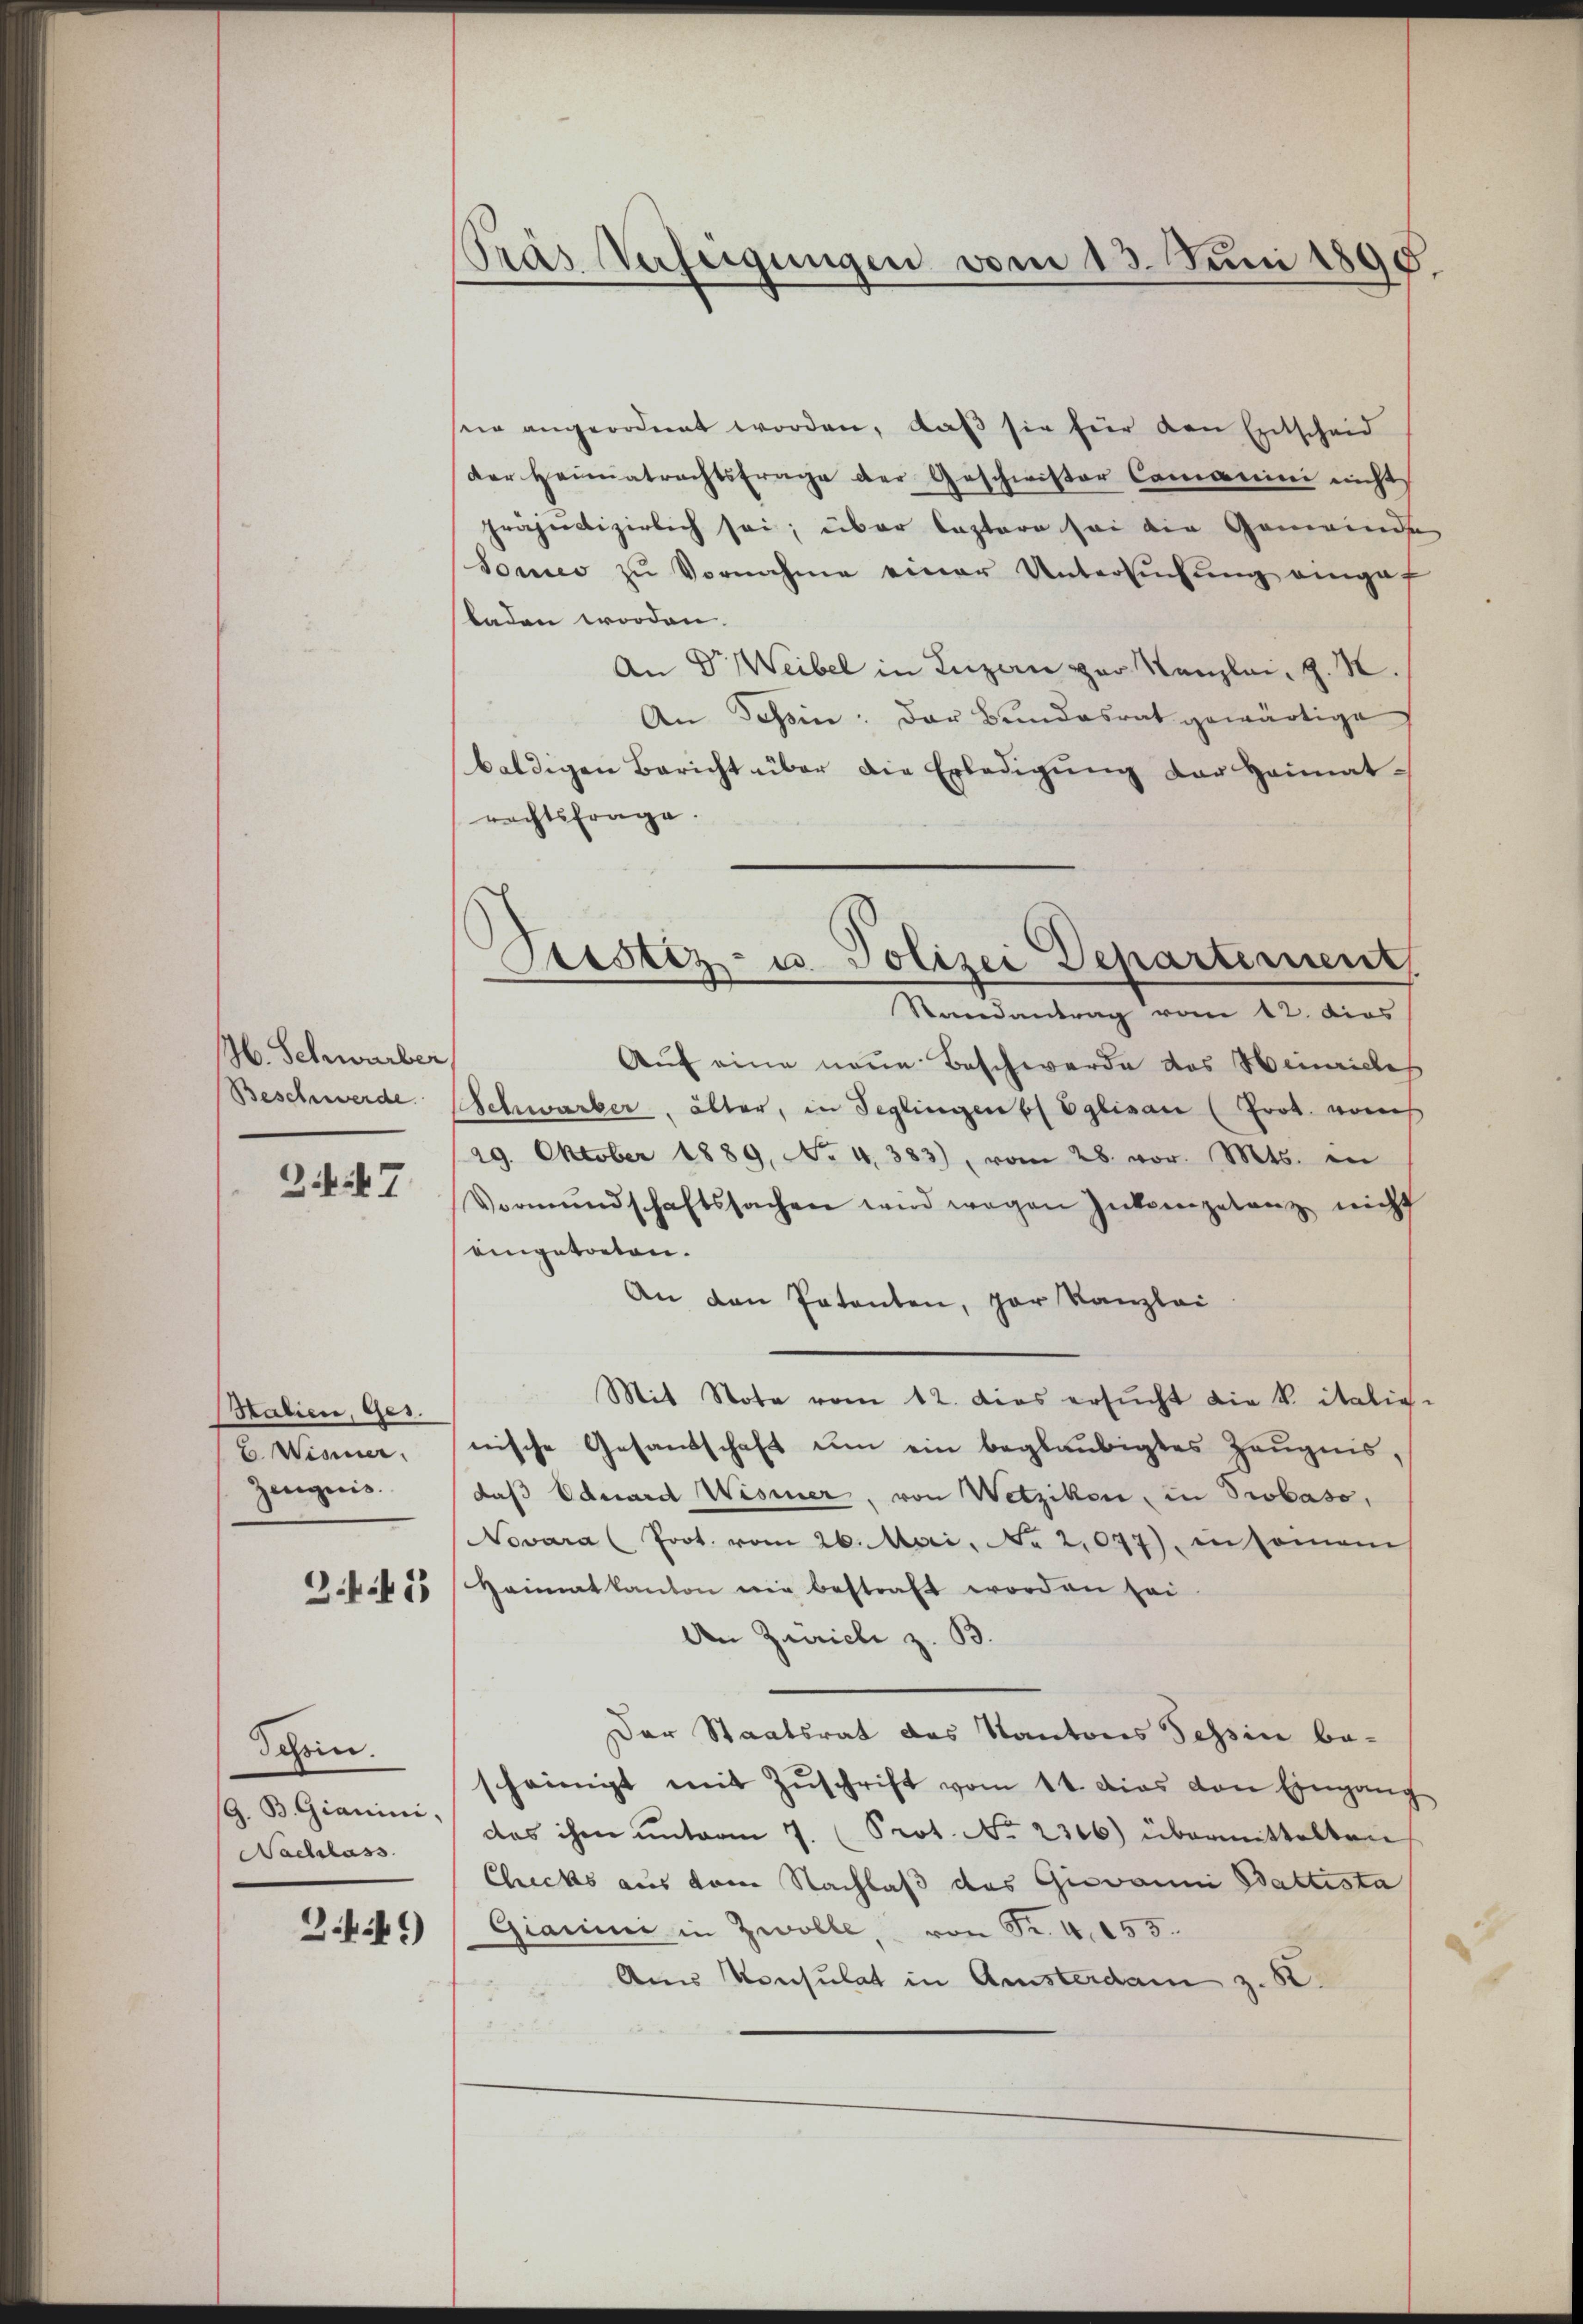
H. Schwurber
Beschwerde.
247

Stalien, Ges.
E Wisner
Zeugnis.

3ff 13

Schein.
G. B. Gianini,
Nachlass

24.)

Pras Verfeigungen vom 13. Juni 1890.

sein angeordnet worden, daß sie für den Entscheid
der Heimatrachtsfrage der Geschwister Commini nicht
präjudizierlich sei; über Captare sei die Gemeinde
Sonico zu Vornahme einer Untersŭchŭng eingef
laden worden.
An Dr. Weibel in Luzern vor Kanzlei, z. K.
An Tessin: Der Bundesrat gewärtige
baldigen Bericht über die Erledigŭng der Heimat-
rachtsfrage.
Randantrag vom 12. dies
Aŭf eine neue Beschwerde das Heinricles
Schwarber, älter, in Seglingen ss Eglisau (Prot. vons
29. Oktober 1889, No 4. 383), vom 28. vor. Mts. in
Vormŭndschaftssachen wird wegen Intergelanz nicht
eingetreten.
An den Patenten, par Kanzlei
Mit Note vom 12. Dies ersŭcht die k. italige
nische Gesandschaft um ein beglaubigtes Zeugnis,
daß Eduard Wismer, von Wetzikon, in Probaso,
Novara (Prot. vom 26. Mai, No 2,077), in seinem
Heimatkanton wie bestraft worden sei.
An Zürich z. B.
Der Staatsrat des Kantons Tessin bescheinigt mit Zŭschrift vom 11. dies von Eingang
das ihm unterm 7. (Prot. No. 2306) übermittelten
Checks aus vom Nachlaß das Giovanni Battista
Giarii in Zwolle, von Fr. 4. 155.
Am Konsulat in Amsterdam z. B.

Tristiz- u. Polizei Departement,